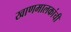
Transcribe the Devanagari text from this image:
खाणमालकांची